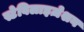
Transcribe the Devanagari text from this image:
स्टेबिलाइज़ेशन